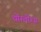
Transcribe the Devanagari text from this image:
थोंग्लोंग्या